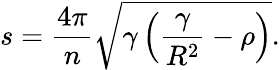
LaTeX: s=\frac{4\pi}{n}\sqrt{\gamma\left(\frac{\gamma}{R^{2}}-\rho\right)}.